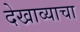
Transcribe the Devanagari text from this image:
देखाव्याचा